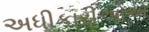
અધીકારીઓએ